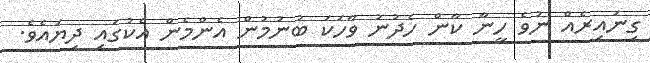
ގިނައިރެއް ނުވެ ހީނާ ކާން ހެދުނު ވާހަކަ ބުނުމުން އެންމެން އެކުގައި ދިޔައެވެ.